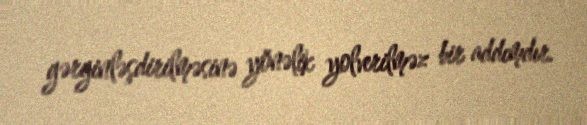
gərginləşdirilməsinə yönəlik yolverilməz bir addımdır.